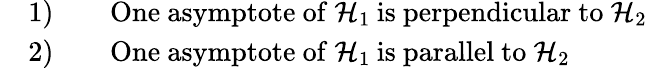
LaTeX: \begin{array}{rl}&{\mathrm{1)}\qquad\mathrm{One~asymptote~of~}\mathcal{H}_{1}\mathrm{\: is~perpendicular~to~}\mathcal{H}_{2}}\\ &{\mathrm{2)}\qquad\mathrm{One~asymptote~of~}\mathcal{H}_{1}\mathrm{\: is~parallel~to~}\mathcal{H}_{2}}\end{array}